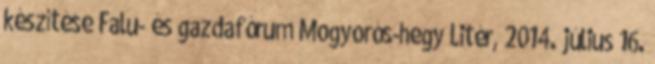
készítése Falu- és gazdafórum Mogyorós-hegy Litér, 2014. július 16.